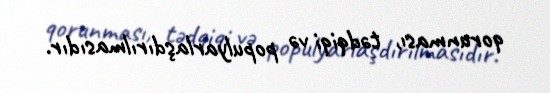
qorunması, tədqiqi və populyarlaşdırılmasıdır.